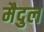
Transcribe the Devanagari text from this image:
मैदुल